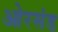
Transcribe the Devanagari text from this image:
ओरसंड